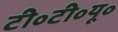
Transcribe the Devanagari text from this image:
टी॰टी॰यू॰